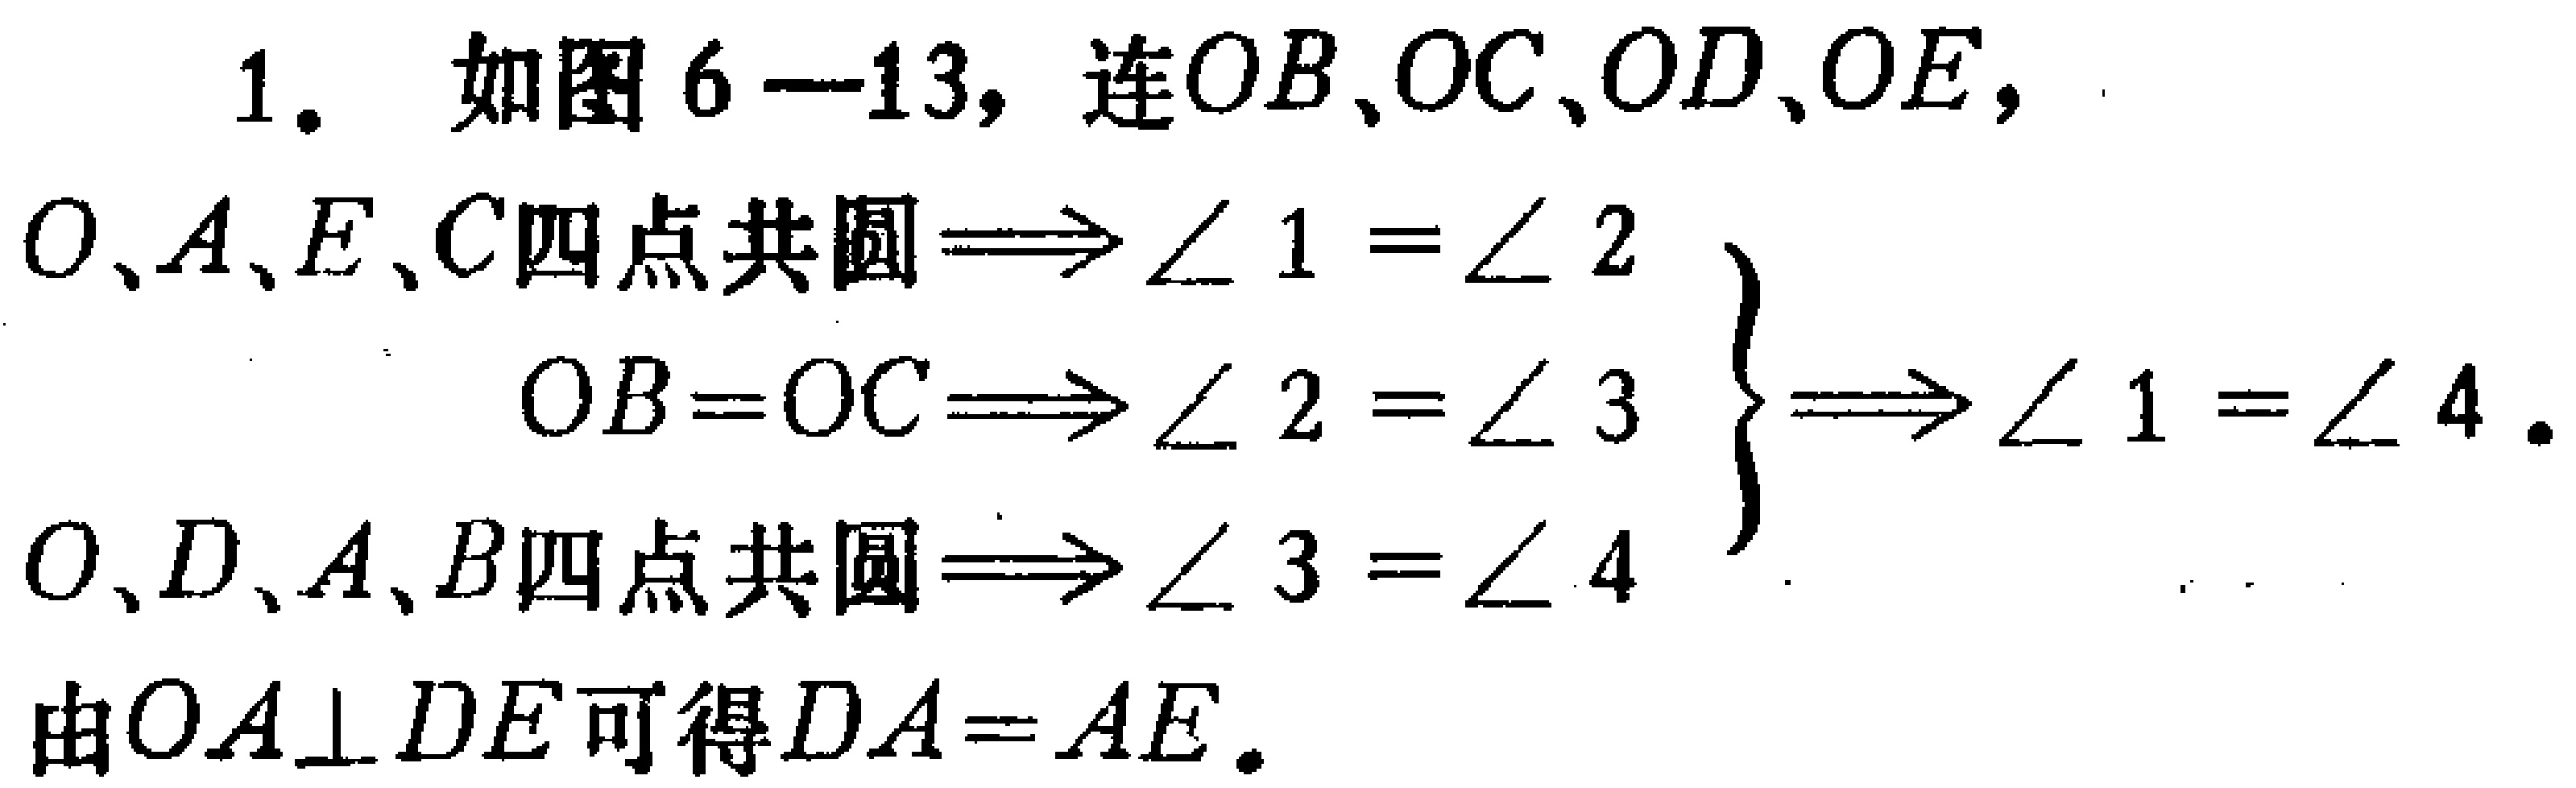
1. 如图6—13，连\(OB\)、\(OC\)、\(OD\)、\(OE\)，

\[

\begin{align*}

O、A、E、C\text{四点共圆}&\Longrightarrow\angle 1 = \angle 2\\

OB = OC&\Longrightarrow\angle 2 = \angle 3\\

O、D、A、B\text{四点共圆}&\Longrightarrow\angle 3 = \angle 4

\end{align*}

\Bigg\}\Longrightarrow\angle 1 = \angle 4.

\]

由\(OA\perp DE\)可得\(DA = AE\)。